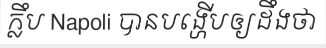
ក្លឹប Napoli បានបង្ហើបឲ្យដឹងថា